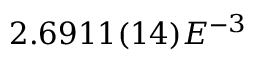
2 . 6 9 1 1 ( 1 4 ) E ^ { - 3 }